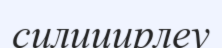
силицирлеу